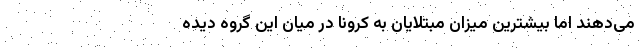
می‌دهند اما بیشترین میزان مبتلایان به کرونا در میان این گروه دیده